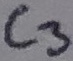
Text: C3